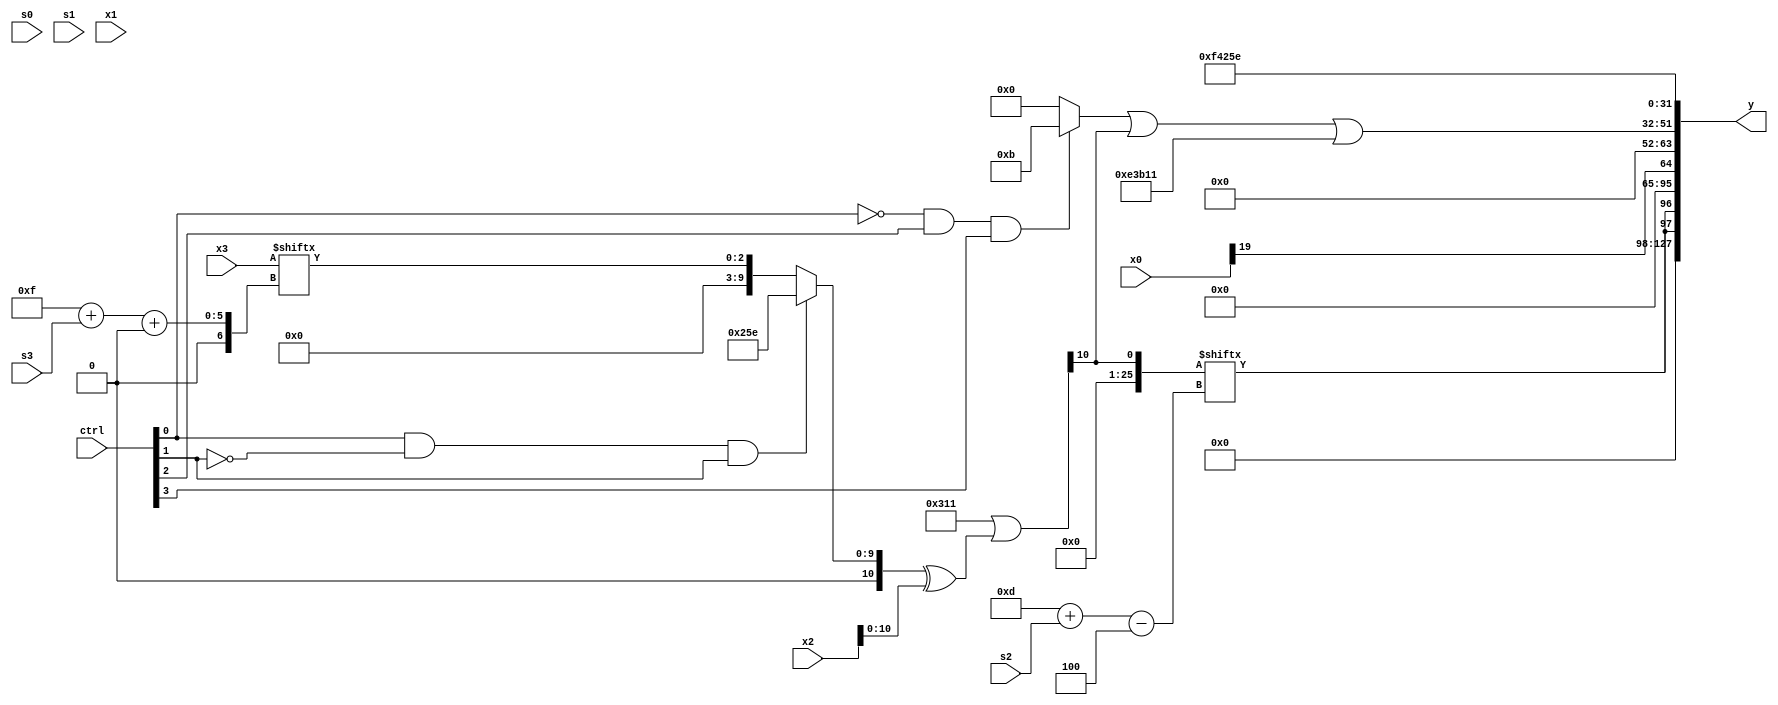
module partsel_00313(ctrl, s0, s1, s2, s3, x0, x1, x2, x3, y);
  input [3:0] ctrl;
  input [2:0] s0;
  input [2:0] s1;
  input [2:0] s2;
  input [2:0] s3;
  input signed [31:0] x0;
  input signed [31:0] x1;
  input signed [31:0] x2;
  input signed [31:0] x3;
  wire [24:5] x4;
  wire signed [0:30] x5;
  wire signed [27:6] x6;
  wire [6:25] x7;
  wire [0:29] x8;
  wire [31:1] x9;
  wire [1:25] x10;
  wire [24:7] x11;
  wire [7:28] x12;
  wire [0:29] x13;
  wire signed [29:4] x14;
  wire [5:29] x15;
  output [127:0] y;
  wire [31:0] y0;
  wire signed [31:0] y1;
  wire [31:0] y2;
  wire [31:0] y3;
  assign y = {y0,y1,y2,y3};
  localparam [24:4] p0 = 747586142;
  localparam [25:5] p1 = 295243280;
  localparam signed [27:1] p2 = 374225681;
  localparam [4:28] p3 = 87739922;
  assign x4 = p2;
  assign x5 = (p3[17 +: 3] + {(!ctrl[3] && ctrl[0] || !ctrl[0] ? x0[5 + s1 +: 2] : ((x0[12 -: 4] + ((p0[0 + s2 +: 4] & p0) - (x0[17 + s0] + p3[16]))) - (x4[23 + s1 -: 3] | x2[31 + s0 +: 6]))), x1[14 + s1]});
  assign x6 = ({x3, x2[10 + s2 +: 3]} + {2{p1}});
  assign x7 = p0;
  assign x8 = x1[15 + s3 +: 2];
  assign x9 = x4[18 -: 1];
  assign x10 = x5[24 + s2 +: 6];
  assign x11 = (p2 | ({(!ctrl[2] || ctrl[0] && !ctrl[2] ? (((x4[26 + s0 -: 7] - (x3[17 +: 4] & x9[19 + s2 +: 6])) ^ x3) | (x4[11 +: 4] & p0)) : {x2[11 +: 3], p1[21 -: 1]}), (ctrl[0] && !ctrl[1] && ctrl[1] ? p0 : x3[15 + s3 +: 3])} ^ x2));
  assign x12 = p1;
  assign x13 = (x4 ^ x3[8 + s1 +: 5]);
  assign x14 = x11[17];
  assign x15 = (((!ctrl[0] && !ctrl[0] || !ctrl[3] ? x10[17 + s0 -: 7] : {{x4[15], p2}, {x3[13 -: 2], p1[8 + s3 +: 3]}}) - x5) - p1[8 + s1]);
  assign y0 = {2{x14[13 + s2]}};
  assign y1 = x0[19 +: 1];
  assign y2 = (((!ctrl[0] && ctrl[2] && ctrl[3] ? p2[12 -: 4] : {2{{2{p2[17 -: 2]}}}}) | x14) | x4);
  assign y3 = p0;
endmodule